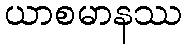
ယာစမာနဿ